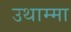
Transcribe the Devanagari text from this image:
उथाम्मा